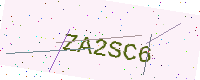
Text: ZA2SC6